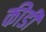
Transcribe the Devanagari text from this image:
कीडी